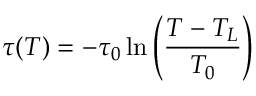
\tau ( T ) = - \tau _ { 0 } \ln \left( \frac { T - T _ { L } } { T _ { 0 } } \right)